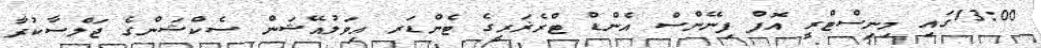
13:00ގައި މިނިސްޓްރީ އޮފް ފިނޭންސް އެންޑް ޓްރެޜަރީގެ ޓެންޑަރ އިވަލުއޭޝަން ސެކްޝަންގެ ޖަލްސާކުރާ